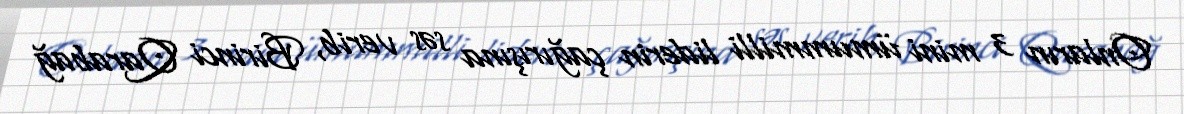
Onların 3 mini ümummilli liderin çağırışına səs verib, Birinci Qarabağ